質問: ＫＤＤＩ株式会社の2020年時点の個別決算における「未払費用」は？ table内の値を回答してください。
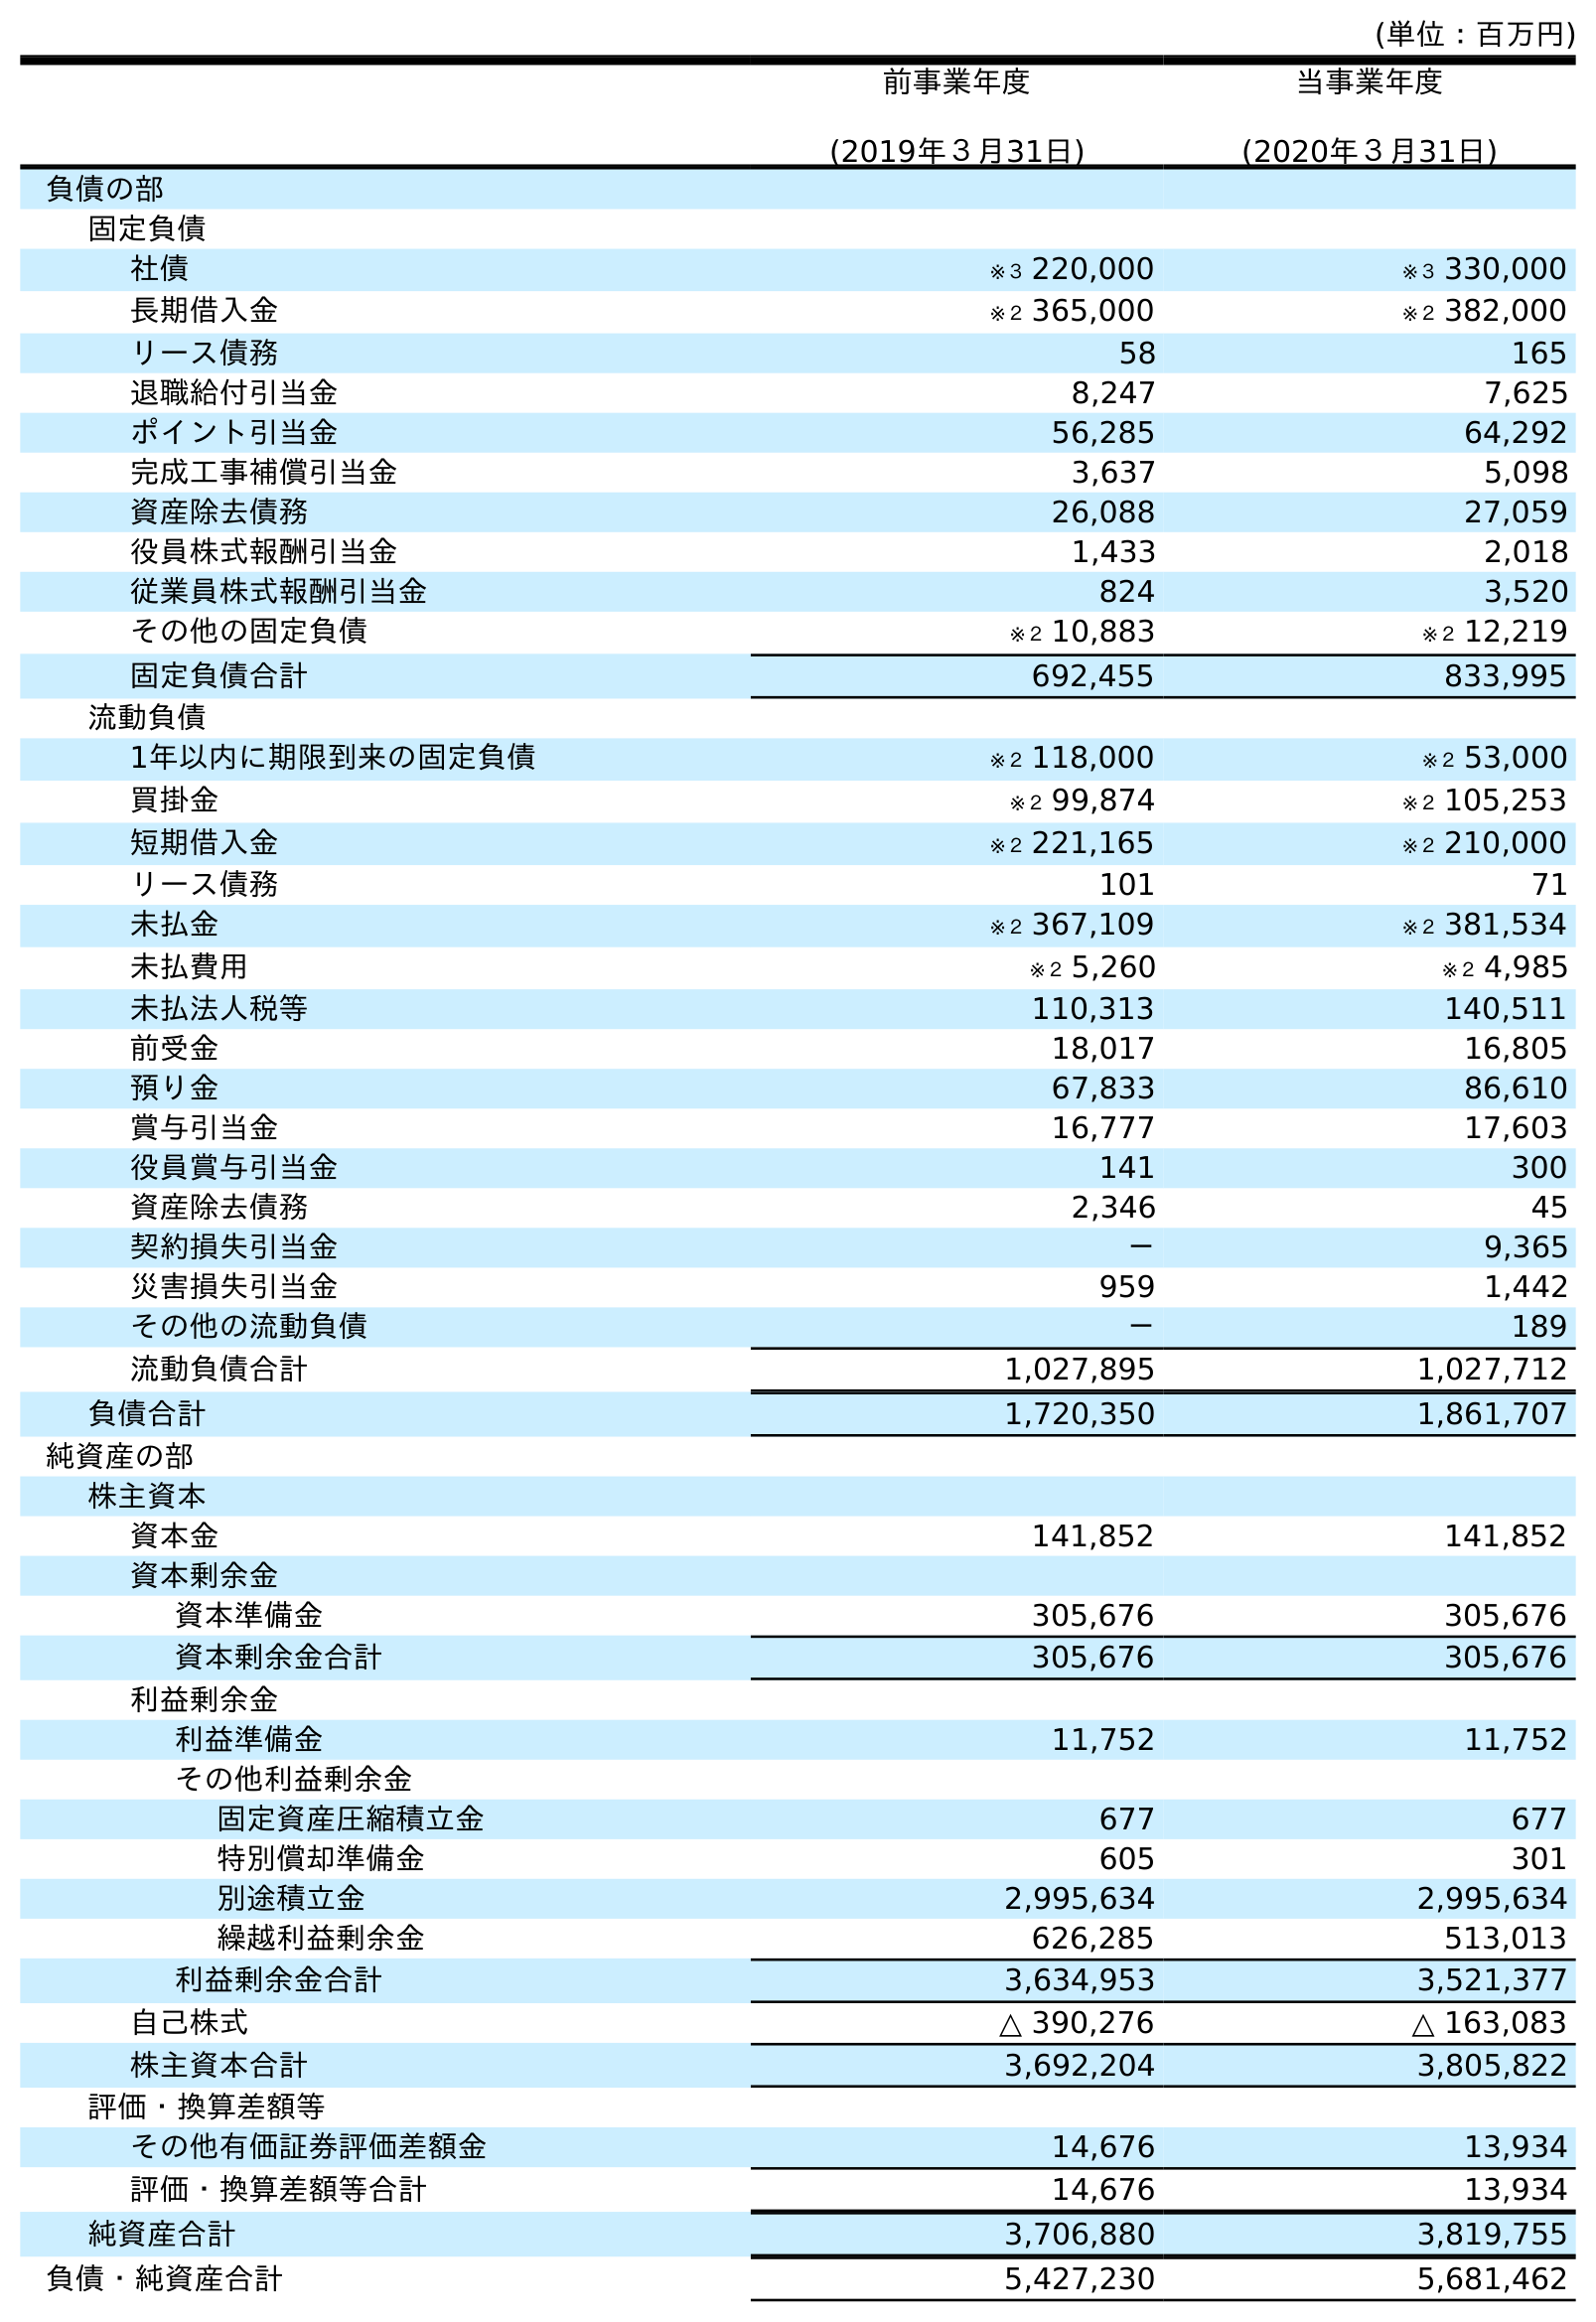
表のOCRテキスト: (単位：百万円) 前事業年度 (2019年３月31日) 当事業年度 (2020年３月31日) 負債の部 固定負債 社債 ※３ 220,000 ※３ 330,000 長期借入金 ※２ 365,000 ※２ 382,000 リース債務 58 165 退職給付引当金 8,247 7,625 ポイント引当金 56,285 64,292 完成工事補償引当金 3,637 5,098 資産除去債務 26,088 27,059 役員株式報酬引当金 1,433 2,018 従業員株式報酬引当金 824 3,520 その他の固定負債 ※２ 10,883 ※２ 12,219 固定負債合計 692,455 833,995 流動負債 1年以内に期限到来の固定負債 ※２ 118,000 ※２ 53,000 買掛金 ※２ 99,874 ※２ 105,253 短期借入金 ※２ 221,165 ※２ 210,000 リース債務 101 71 未払金 ※２ 367,109 ※２ 381,534 未払費用 ※２ 5,260 ※２ 4,985 未払法人税等 110,313 140,511 前受金 18,017 16,805 預り金 67,833 86,610 賞与引当金 16,777 17,603 役員賞与引当金 141 300 資産除去債務 2,346 45 契約損失引当金 － 9,365 災害損失引当金 959 1,442 その他の流動負債 － 189 流動負債合計 1,027,895 1,027,712 負債合計 1,720,350 1,861,707 純資産の部 株主資本 資本金 141,852 141,852 資本剰余金 資本準備金 305,676 305,676 資本剰余金合計 305,676 305,676 利益剰余金 利益準備金 11,752 11,752 その他利益剰余金 固定資産圧縮積立金 677 677 特別償却準備金 605 301 別途積立金 2,995,634 2,995,634 繰越利益剰余金 626,285 513,013 利益剰余金合計 3,634,953 3,521,377 自己株式 △ 390,276 △ 163,083 株主資本合計 3,692,204 3,805,822 評価・換算差額等 その他有価証券評価差額金 14,676 13,934 評価・換算差額等合計 14,676 13,934 純資産合計 3,706,880 3,819,755 負債・純資産合計 5,427,230 5,681,462
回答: ※２4,985